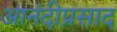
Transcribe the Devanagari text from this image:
आनंदीप्रसाद